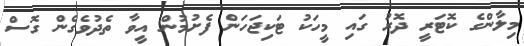
މިލާންގެ ކޮޓަރީ ދޮރު ގައި މީހަކު ޓަކިޖަހަން ފެށުމުން އީވާ ތެދުވެގެން ގޮސް